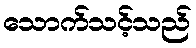
သောက်သင့်သည်